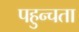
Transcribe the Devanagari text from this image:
पहुन्चता